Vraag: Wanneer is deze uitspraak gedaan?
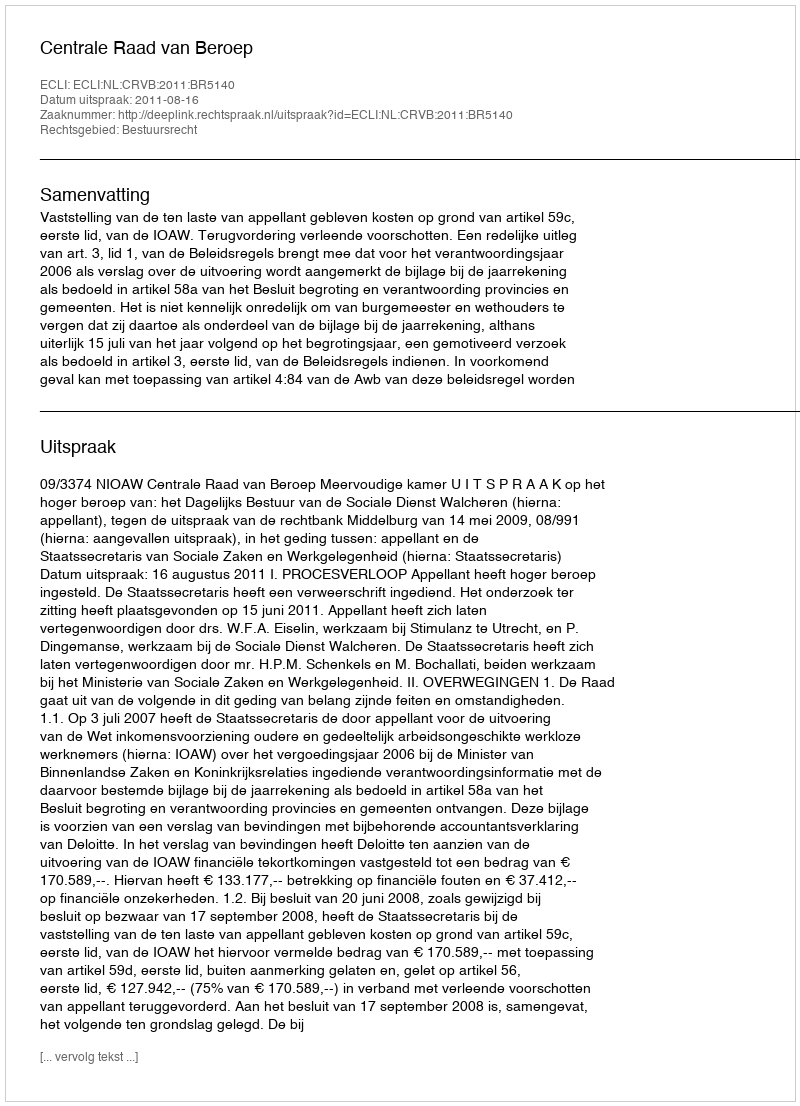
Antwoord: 2011-08-16